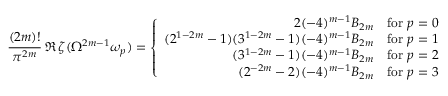
\frac { ( 2 m ) ! } { \pi ^ { 2 m } } \, \Re \, \zeta ( \Omega ^ { 2 m - 1 } \omega _ { p } ) = \left\{ \begin{array} { r r r } { { 2 ( - 4 ) ^ { m - 1 } B _ { 2 m } } } & { { \mathrm { f o r ~ } p = 0 } } \\ { { ( 2 ^ { 1 - 2 m } - 1 ) ( 3 ^ { 1 - 2 m } - 1 ) ( - 4 ) ^ { m - 1 } B _ { 2 m } } } & { { \mathrm { f o r ~ } p = 1 } } \\ { { ( 3 ^ { 1 - 2 m } - 1 ) ( - 4 ) ^ { m - 1 } B _ { 2 m } } } & { { \mathrm { f o r ~ } p = 2 } } \\ { { ( 2 ^ { - 2 m } - 2 ) ( - 4 ) ^ { m - 1 } B _ { 2 m } } } & { { \mathrm { f o r ~ } p = 3 } } \end{array} \right.